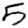
Digit: 5